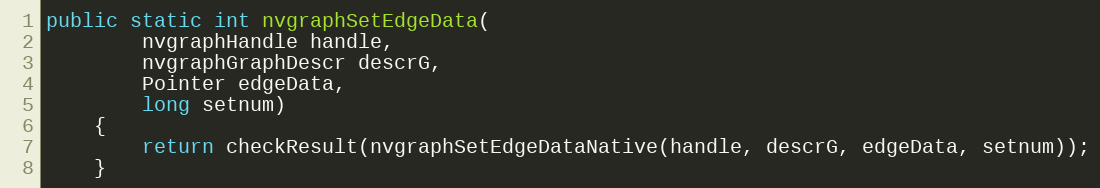
Language: Java
public static int nvgraphSetEdgeData(
        nvgraphHandle handle,
        nvgraphGraphDescr descrG,
        Pointer edgeData,
        long setnum)
    {
        return checkResult(nvgraphSetEdgeDataNative(handle, descrG, edgeData, setnum));
    }